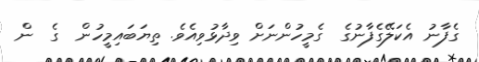
ގެފާނު އެކަލޭގެފާނުގެ  ގެމީހުންނަށް ވިދާޅުވިއެވެ. ތިޔަބައިމީހުން  ގެ  ން